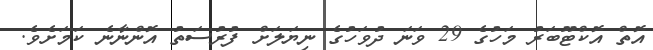
އޮތް އޮކްޓޫބަރު މަހުގެ 29 ވަނަ ދުވަހުގެ ނިޔަލަށް ފުރުސަތު އޮންނާނެ ކަމަށެވެ.